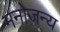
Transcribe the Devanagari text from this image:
मनोजन्य